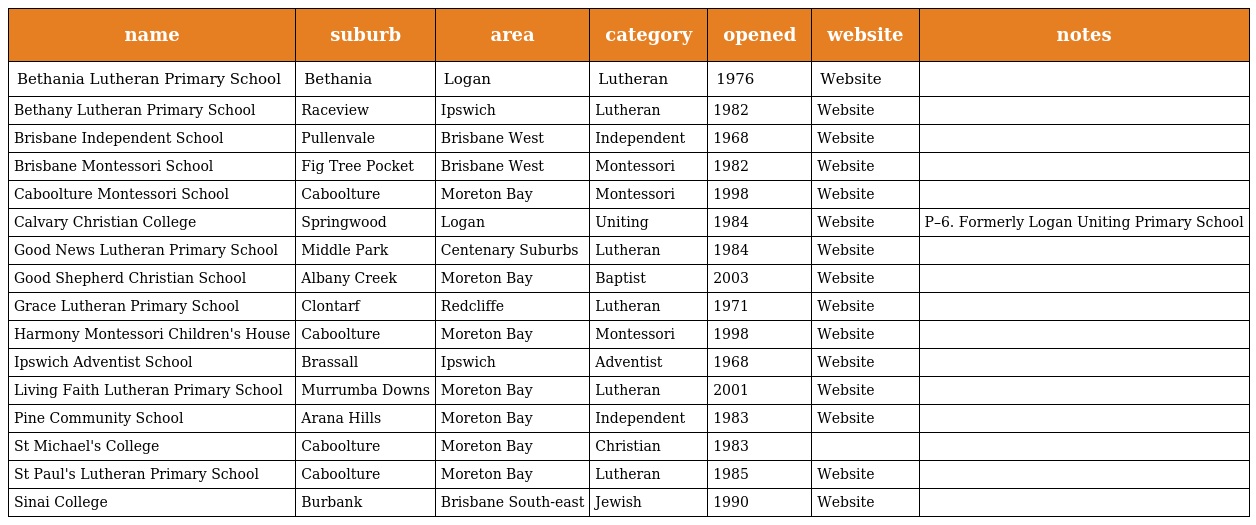
| name | suburb | area | category | opened | website | notes |
 | --- | --- | --- | --- | --- | --- | --- |
 | Bethania Lutheran Primary School | Bethania | Logan | Lutheran | 1976 | Website |  |
 | Bethany Lutheran Primary School | Raceview | Ipswich | Lutheran | 1982 | Website |  |
 | Brisbane Independent School | Pullenvale | Brisbane West | Independent | 1968 | Website |  |
 | Brisbane Montessori School | Fig Tree Pocket | Brisbane West | Montessori | 1982 | Website |  |
 | Caboolture Montessori School | Caboolture | Moreton Bay | Montessori | 1998 | Website |  |
 | Calvary Christian College | Springwood | Logan | Uniting | 1984 | Website | P–6. Formerly Logan Uniting Primary School |
 | Good News Lutheran Primary School | Middle Park | Centenary Suburbs | Lutheran | 1984 | Website |  |
 | Good Shepherd Christian School | Albany Creek | Moreton Bay | Baptist | 2003 | Website |  |
 | Grace Lutheran Primary School | Clontarf | Redcliffe | Lutheran | 1971 | Website |  |
 | Harmony Montessori Children's House | Caboolture | Moreton Bay | Montessori | 1998 | Website |  |
 | Ipswich Adventist School | Brassall | Ipswich | Adventist | 1968 | Website |  |
 | Living Faith Lutheran Primary School | Murrumba Downs | Moreton Bay | Lutheran | 2001 | Website |  |
 | Pine Community School | Arana Hills | Moreton Bay | Independent | 1983 | Website |  |
 | St Michael's College | Caboolture | Moreton Bay | Christian | 1983 |  |  |
 | St Paul's Lutheran Primary School | Caboolture | Moreton Bay | Lutheran | 1985 | Website |  |
 | Sinai College | Burbank | Brisbane South-east | Jewish | 1990 | Website |  |